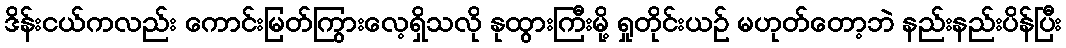
ဒိန်းငယ်ကလည်း ကောင်းမြတ်ကြွားလေ့ရှိသလို နုထွားကြီးမို့ ရှုတိုင်းယဉ် မဟုတ်တော့ဘဲ နည်းနည်းပိန်ပြီး